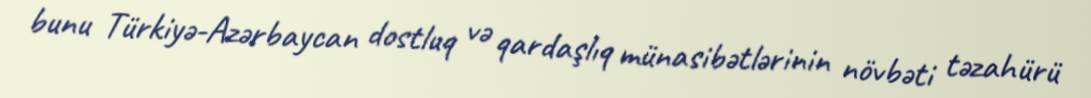
bunu Türkiyə-Azərbaycan dostluq və qardaşlıq münasibətlərinin növbəti təzahürü